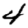
Digit: 4